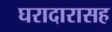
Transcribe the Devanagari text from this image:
घरादारासह